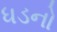
ધડનો